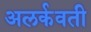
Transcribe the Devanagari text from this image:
अलर्कवती